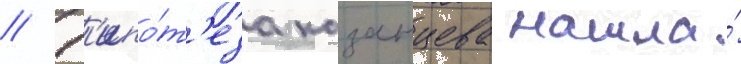
// Г'ипо́т'еза казанцева нашла́